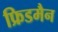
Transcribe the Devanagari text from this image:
फ्रिडमैन